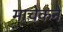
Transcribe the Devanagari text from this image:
माचेकने